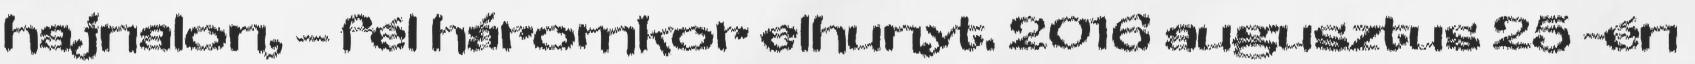
hajnalon, – fél háromkor elhunyt. 2016 augusztus 25 -én